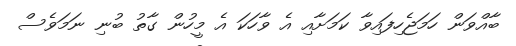
ބާއްވަން ހަމަޖެހިފައިވާ ކަމަށާއި އެ ވާހަކަ އެ މީހުން ގާތު ބުނި ނަމަވެސް